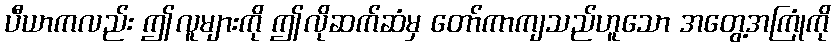
ပီယာကလည်း ဤလူများကို ဤလိုဆက်ဆံမှ တော်ကာကျသည်ဟူသော အတွေ့အကြုံကို